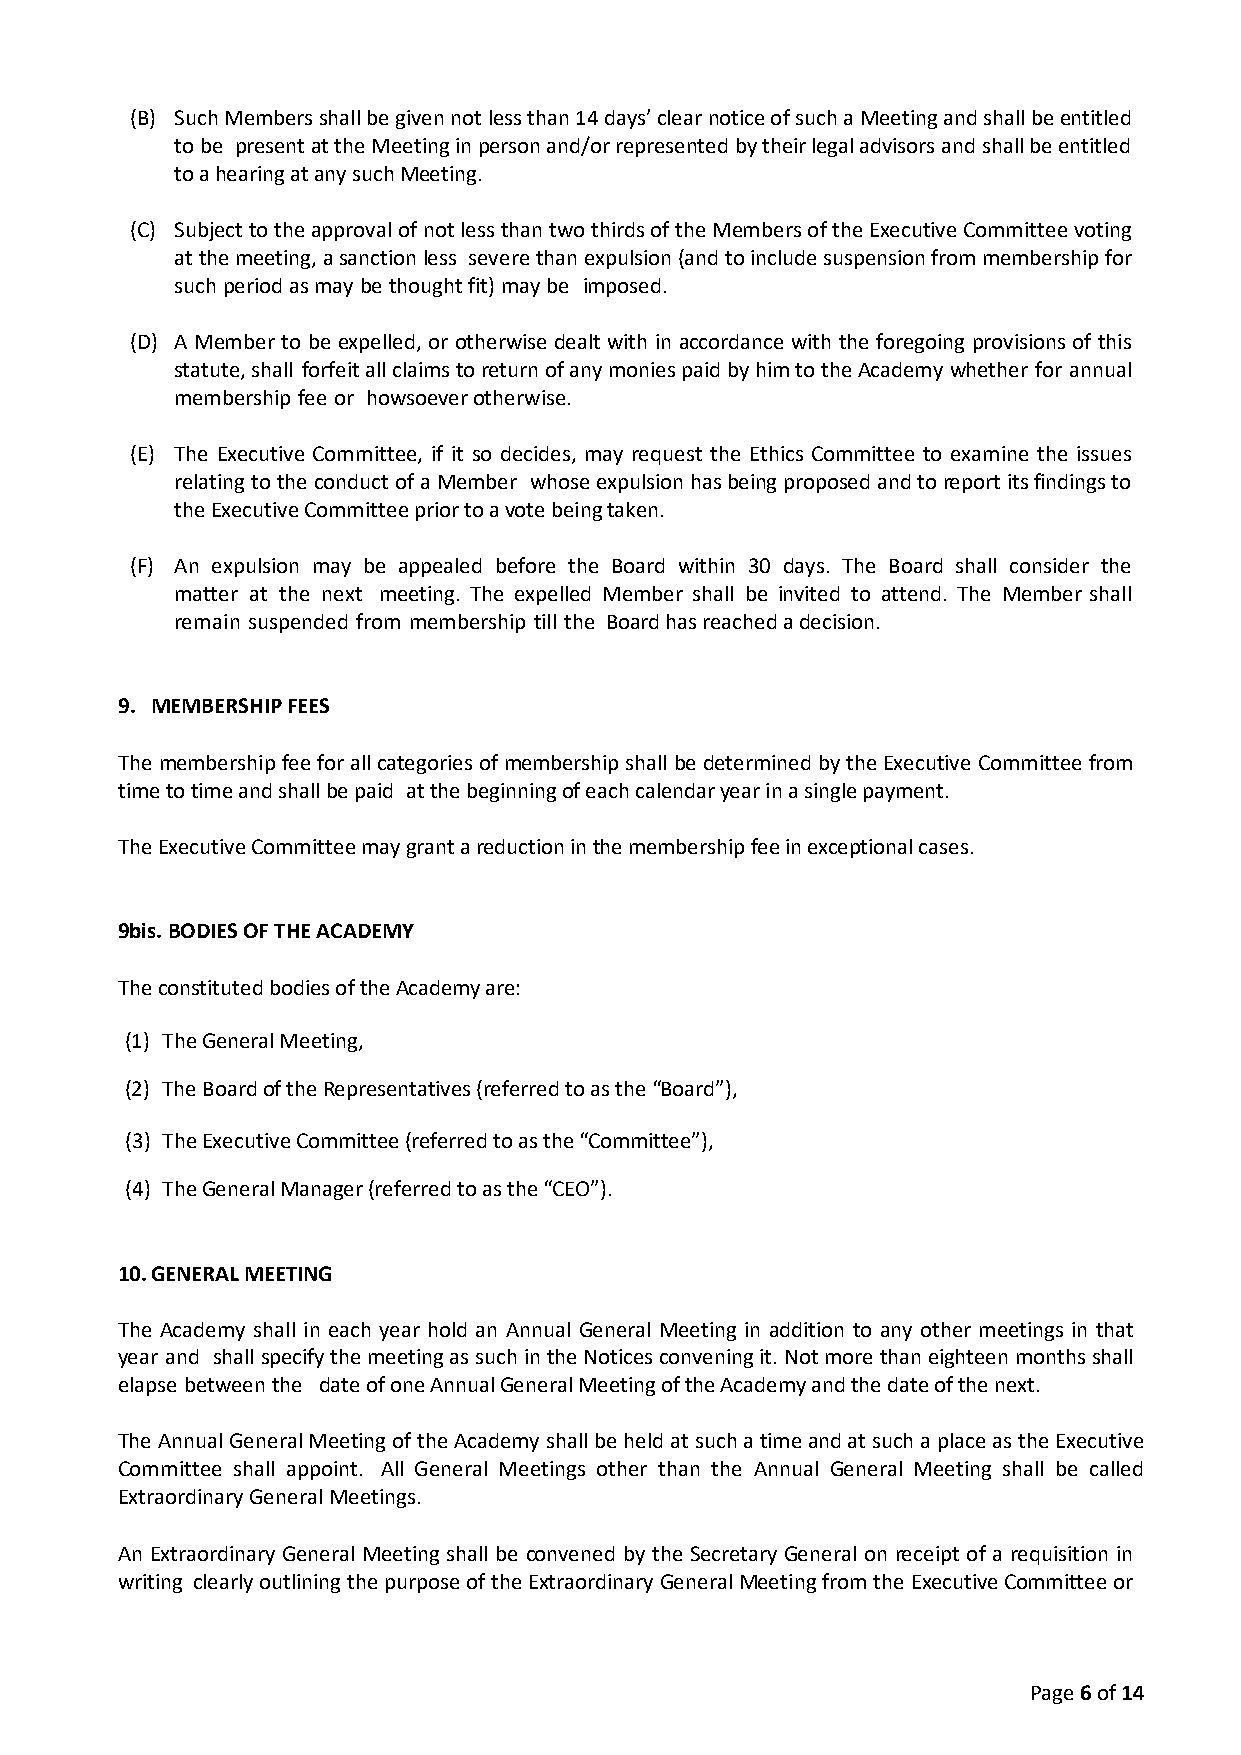
(B) Such Members shall be given not less than 14 days’ clear notice of such a Meeting and shall be entitled
 to be present at the Meeting in person and/or represented by their legal advisors and shall be entitled
 to a hearing at any such Meeting.
 (C) Subject to the approval of not less than two thirds of the Members of the Executive Committee voting
 at the meeting, a sanction less severe than expulsion (and to include suspension from membership for
 such period as may be thought fit) may be imposed.
 (D) A Member to be expelled, or otherwise dealt with in accordance with the foregoing provisions of this
 statute, shall forfeit all claims to return of any monies paid by him to the Academy whether for annual
 membership fee or howsoever otherwise.
 (E) The Executive Committee, if it so decides, may request the Ethics Committee to examine the issues
 relating to the conduct of a Member whose expulsion has being proposed and to report its findings to
 the Executive Committee prior to a vote being taken.
 (F) An expulsion may be appealed before the Board within 30 days. The Board shall consider the
 matter at the next meeting. The expelled Member shall be invited to attend. The Member shall
 remain suspended from membership till the Board has reached a decision.
 9. MEMBERSHIP FEES
 The membership fee for all categories of membership shall be determined by the Executive Committee from
 time to time and shall be paid at the beginning of each calendar year in a single payment.
 The Executive Committee may grant a reduction in the membership fee in exceptional cases.
 9bis. BODIES OF THE ACADEMY
 The constituted bodies of the Academy are:
 (1) The General Meeting,
 (2) The Board of the Representatives (referred to as the “Board”),
 (3) The Executive Committee (referred to as the “Committee”),
 (4) The General Manager (referred to as the “CEO”).
 10. GENERAL MEETING
 The Academy shall in each year hold an Annual General Meeting in addition to any other meetings in that
 year and shall specify the meeting as such in the Notices convening it. Not more than eighteen months shall
 elapse between the date of one Annual General Meeting of the Academy and the date of the next.
 The Annual General Meeting of the Academy shall be held at such a time and at such a place as the Executive
 Committee shall appoint. All General Meetings other than the Annual General Meeting shall be called
 Extraordinary General Meetings.
 An Extraordinary General Meeting shall be convened by the Secretary General on receipt of a requisition in
 writing clearly outlining the purpose of the Extraordinary General Meeting from the Executive Committee or
 Page 6 of 14